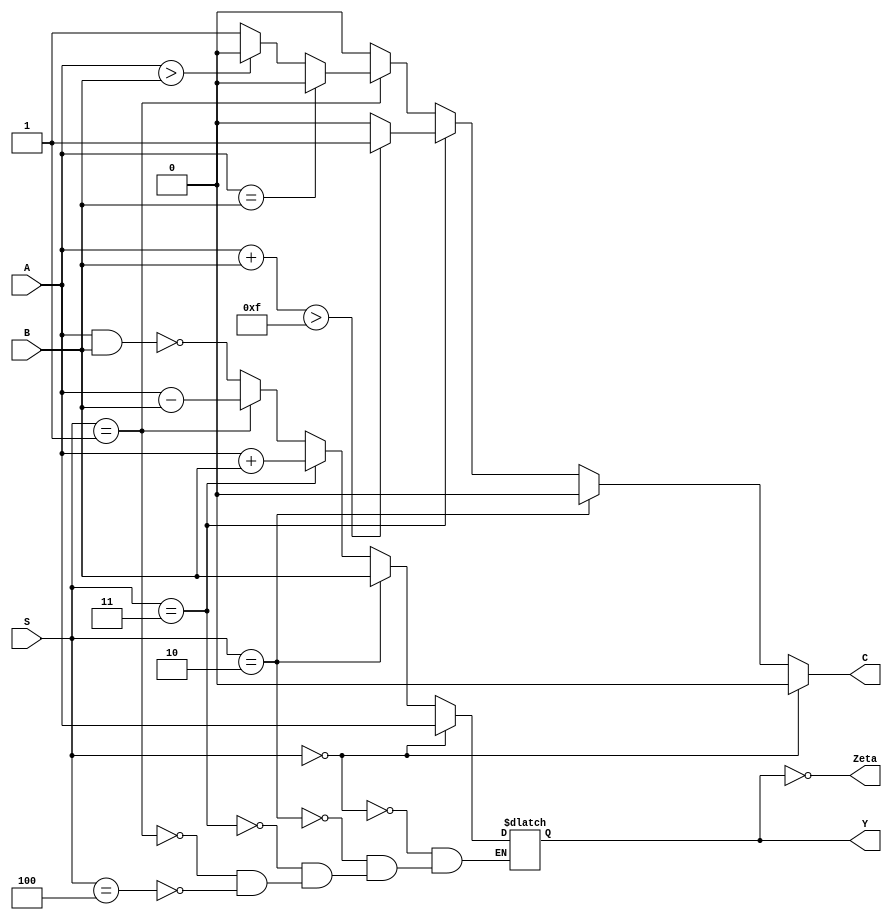
module Alu(input [2:0]S, input [3:0]A,B, output C,Zeta, output [3:0]Y);    

  wire [2:0]S;                     
  wire [3:0]A,B;
  reg [3:0]Y;
  reg C=0;
  reg Zeta=0;

  always @ (*)            
    begin                 
      if(S==0)  // si es 000 su salida es A
        begin            
          Y<=A;
          C<=0;
          Zeta= (Y == 0);
        end
      else if (S==2)  // si es 001 su salida es B 
        begin                
          Y<=B;
          C<=0;
          Zeta= (Y == 0);
        end
      else if (S==3)  // si es 010 su salida es la suma de A y B, si existe un overflow agrega un 1 y si no es asi se mantiene en 0
        begin               
          Y<=(A+B);
          Zeta= (Y == 0);
              if((A+B)>15)   
              begin
                C<=1;
              end
            else          
              begin
                C<=0;
              end
        end
      else if (S==1)  // si es 011 compara A y B
        begin             
          Y<=(A-B);
          if (A==B) 
            begin
              Zeta = (Y == 0);         
              C<=0;
            end
          else if (A>B) 
            begin
              Zeta= (Y == 0);
              C<=0;
            end
          else 
            begin
              C<=1;
              Zeta= (Y == 0);
            end
        end
      else if (S==4)         
        begin
          Y<=(~(A&B));    
          C<=0;
          Zeta= (Y == 0);
        end
      else 
        begin
          Y<=Y;     
          C<=0;
          Zeta= (Y == 0);
        end
    end

endmodule